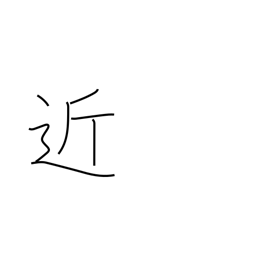
Meaning: tantamount